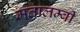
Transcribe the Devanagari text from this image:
मतालम्बी